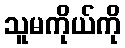
သူမကိုယ်ကို